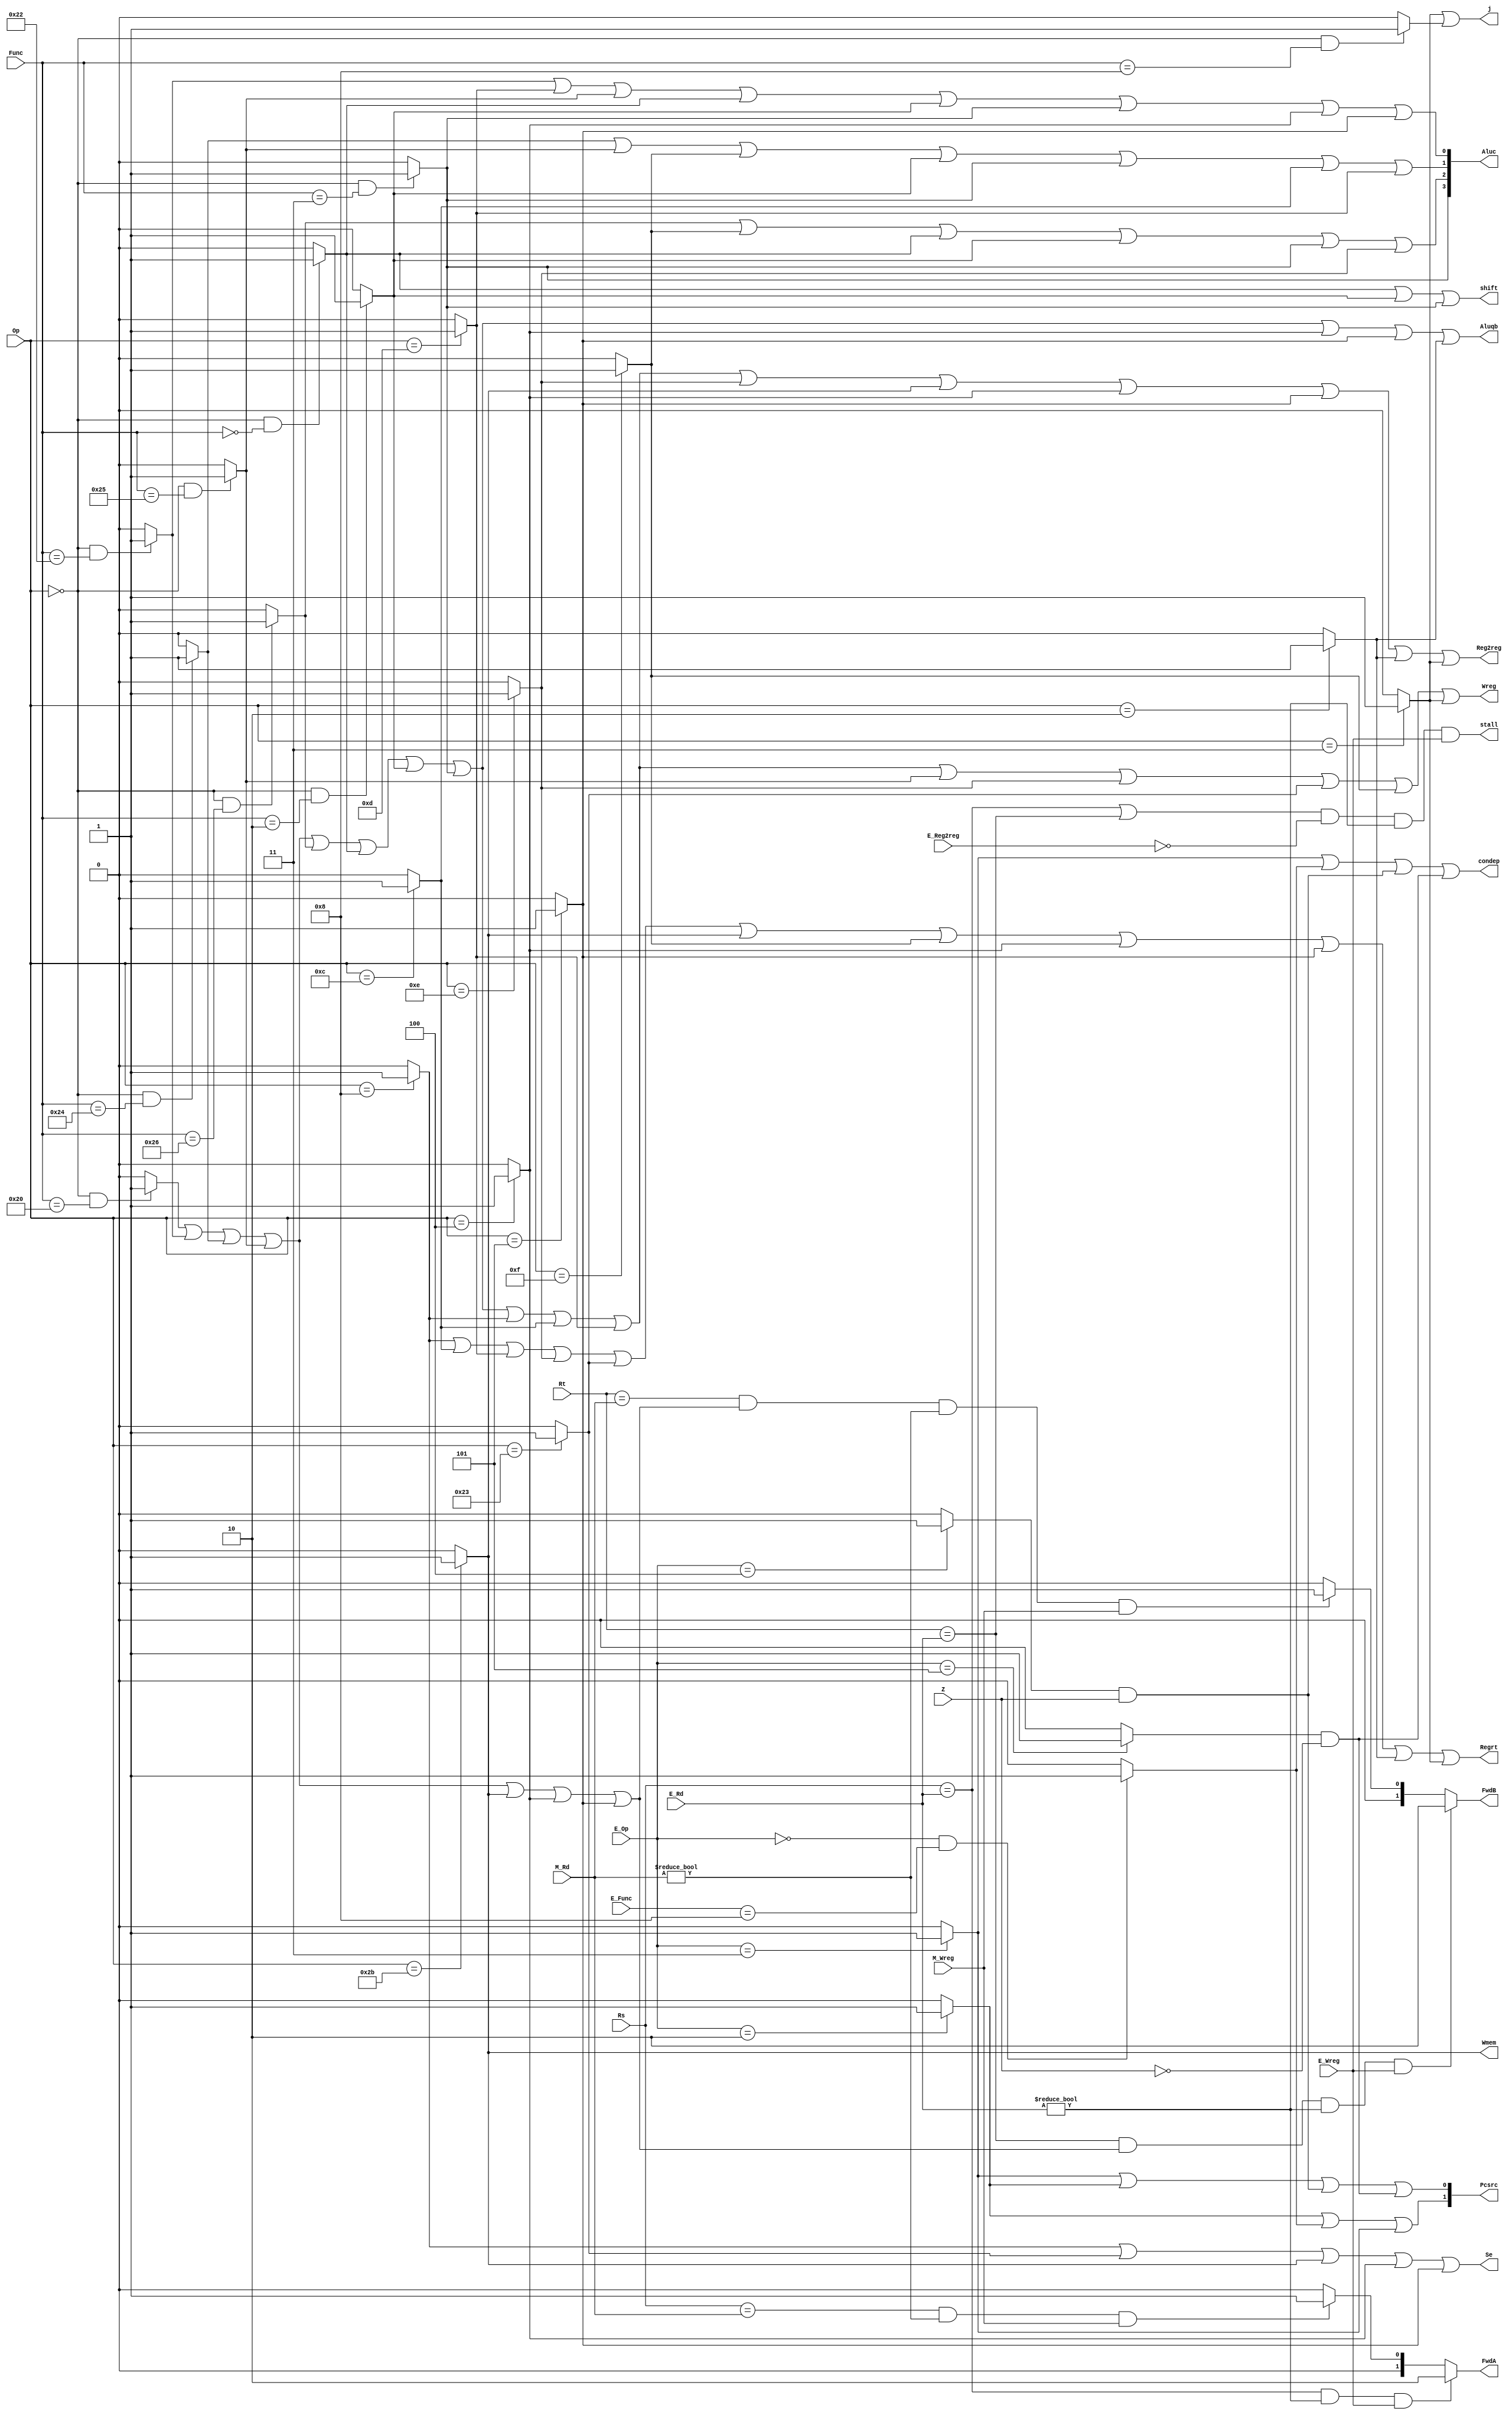
`timescale 1ns / 1ps
////////
module CONUNIT(E_Op,Op,E_Func,Func,Z,Regrt,Se,Wreg,Aluqb,Aluc,Wmem,Pcsrc,Reg2reg,shift,j,Rs,Rt,E_Rd,M_Rd,E_Wreg,M_Wreg,FwdA,FwdB,E_Reg2reg,stall,condep);
    input [5:0]Op,Func,E_Op,E_Func;
    input Z;
    input E_Wreg,M_Wreg,E_Reg2reg;
    input [4:0]E_Rd,M_Rd,Rs,Rt;
    output Regrt,Se,Wreg,Aluqb,Wmem,Reg2reg,stall,condep;
    output [1:0]Pcsrc;
    output [3:0]Aluc;
    output shift;
    output j;
    output reg [1:0]FwdA,FwdB;
    wire i_add = (Op == 6'b000000 & Func == 6'b100000)?1:0;
    wire i_sub = (Op == 6'b000000 & Func == 6'b100010)?1:0;
    wire i_and = (Op == 6'b000000 & Func == 6'b100100)?1:0;
    wire i_or  = (Op == 6'b000000 & Func == 6'b100101)?1:0;
    wire i_xor = (Op == 6'b000000 & Func == 6'b100110)?1:0;
    wire i_sll = (Op == 6'b000000 & Func == 6'b000000)?1:0;
    wire i_srl = (Op == 6'b000000 & Func == 6'b000010)?1:0;
    wire i_sra = (Op == 6'b000000 & Func == 6'b000011)?1:0;
    wire i_jr  = (Op == 6'b000000 & Func == 6'b001000)?1:0;
    wire E_jr  = (E_Op == 6'b000000 & E_Func == 6'b001000)?1:0;
    //R
    wire i_addi = (Op == 6'b001000)?1:0;
    wire i_andi = (Op == 6'b001100)?1:0; 
    wire i_ori  = (Op == 6'b001101)?1:0;
    wire i_xori = (Op == 6'b001110)?1:0;
    wire i_lw   = (Op == 6'b100011)?1:0;
    wire i_sw   = (Op == 6'b101011)?1:0;
    wire i_beq  = (Op == 6'b000100)?1:0;
    wire i_bne  = (Op == 6'b000101)?1:0;
    wire i_lui  = (Op == 6'b001111)?1:0;
    //I
    wire i_j    = (Op == 6'b000010)?1:0;
    wire i_jal  = (Op == 6'b000011)?1:0;
    wire E_j    = (E_Op == 6'b000010)?1:0;
    wire E_jal  = (E_Op == 6'b000011)?1:0;
    //J
    wire E_beq = (E_Op == 6'b000100)?1:0;
    wire E_bne = (E_Op == 6'b000101)?1:0;
    wire E_Inst = i_add|i_sub|i_and|i_or|i_sw|i_beq|i_bne;
    assign Wreg = i_add|i_sub|i_and|i_or|i_xor|i_sll|i_srl|i_sra|i_addi|i_andi|i_ori|i_or|i_xori|i_lw|i_lui|i_jal;
    assign Regrt = i_addi|i_andi|i_ori|i_xori|i_lw|i_sw|i_lui|i_beq|i_bne|i_j|i_jal;
    assign Reg2reg  = i_add|i_sub|i_and|i_or|i_xor|i_sll|i_srl|i_sra|i_addi|i_andi|i_ori|i_xori|i_sw|i_beq|i_bne|i_j|i_jal;
    assign Aluqb = i_add | i_sub | i_and | i_or | i_xor | i_sll | i_srl | i_sra | i_beq | i_bne |i_j;
    assign Se   = i_addi | i_lw | i_sw | i_beq | i_bne;
    assign Aluc[3] = i_sra;
    assign Aluc[2] = i_xor |i_lui | i_sll | i_srl | i_sra |i_xori;
    assign Aluc[1] = i_and | i_or | i_lui | i_srl | i_sra | i_andi | i_ori;
    assign Aluc[0] = i_sub | i_ori | i_or | i_sll | i_srl |i_sra| i_beq | i_bne;
    assign Wmem = i_sw;
    assign Pcsrc[0] = E_jal | E_j | (E_beq&Z) | (E_bne&~Z);
    assign Pcsrc[1] = E_j | E_jr | E_jal;
    assign shift = i_sll | i_srl | i_sra;
    assign j = i_jal | i_jr;
    always@(E_Rd,M_Rd,E_Wreg,M_Wreg,Rs,Rt,i_add,i_sub,i_and,i_or,i_sw,i_beq,i_bne)begin
        FwdA=2'b00;
        if((Rs==E_Rd)&(E_Rd!=0)&(E_Wreg==1))begin
            FwdA=2'b10;
        end else begin
            if((Rs==M_Rd)&(M_Rd!=0)&(M_Wreg==1))begin
                FwdA=2'b01;
            end
        end
    end
    always@(E_Rd,M_Rd,E_Wreg,M_Wreg,Rs,Rt,i_add,i_sub,i_and,i_or,i_sw,i_beq,i_bne)begin
        FwdB=2'b00;
        if((Rt==E_Rd)&((i_add==1)|(i_sub==1)|(i_and==1)|(i_or==1)|(i_sw==1)|(i_beq==1)|(i_bne==1))&(E_Rd!=0)&(E_Wreg==1))begin
            FwdB=2'b10;
        end else begin
            if((Rt==M_Rd)&((i_add==1)|(i_sub==1)|(i_and==1)|(i_or==1)|(i_sw==1)|(i_beq==1)|(i_bne==1))&(M_Rd!=0)&(M_Wreg==1))begin
                FwdB=2'b01;
            end
        end
    end
    assign stall=((Rs==E_Rd)|(Rt==E_Rd))&(E_Reg2reg==0)&(E_Rd!=0)&(E_Wreg==1);
    assign condep=(E_jal)|(E_jr)|(E_beq&Z)|(E_bne&~Z);
endmodule